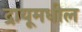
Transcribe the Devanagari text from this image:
द्रायूमधील